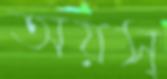
অয়স্‌